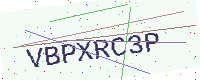
Text: VBPXRC3P